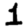
Digit: 1